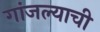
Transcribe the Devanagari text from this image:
गांजल्याची